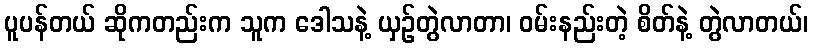
ပူပန်တယ် ဆိုကတည်းက သူက ဒေါသနဲ့ ယှဉ်တွဲလာတာ၊ ဝမ်းနည်းတဲ့ စိတ်နဲ့ တွဲလာတယ်၊